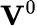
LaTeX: \mathbf{V}^{0}